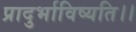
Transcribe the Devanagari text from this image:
प्रादुर्भाविष्यति।।